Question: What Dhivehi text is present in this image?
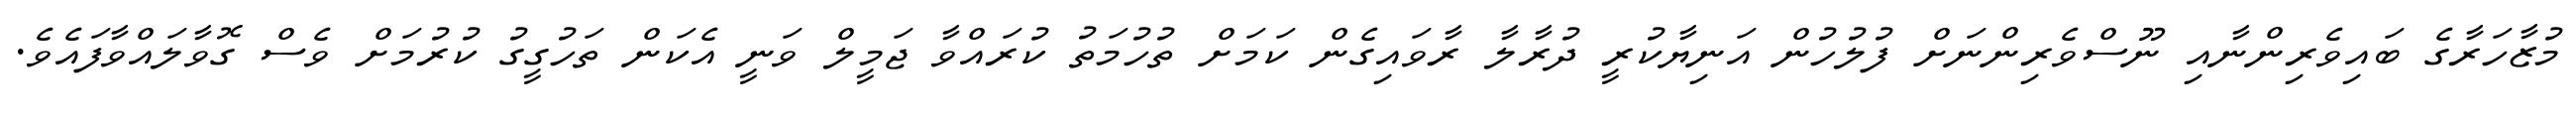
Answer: މުޒާހަރާގެ ބައިވެރިންނާއި ނޫސްވެރިންނަށް ފުލުހުން އަނިޔާކުރީ ދުރާލާ ރާވައިގެން ކަމަށް ތުހުމަތު ކުރައްވާ ޖަމީލް ވަނީ އެކަން ތަހުގީގު ކުރުމަށް ވެސް ގޮވާލައްވާފައެވެ.